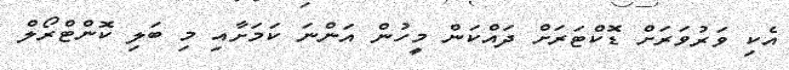
އެކި ވަރުވަރަށް ޑޮކްޓަރަށް ދައްކަން މީހުން އަންނަ ކަމަށާއި މި ބަލި ކޮންޓްރޯލް